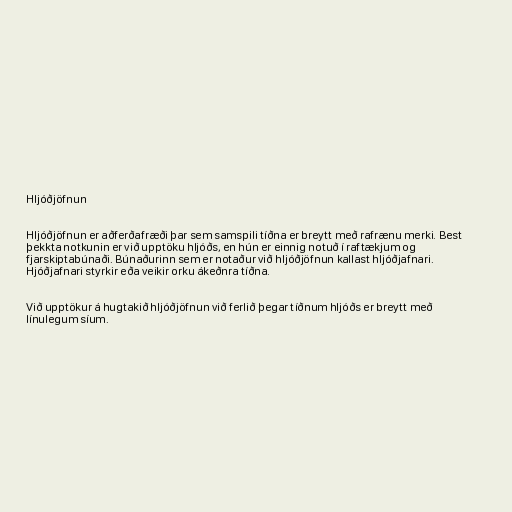
Hljóðjöfnun

Hljóðjöfnun er aðferðafræði þar sem samspili tíðna er breytt með rafrænu merki. Best
þekkta notkunin er við upptöku hljóðs, en hún er einnig notuð í raftækjum og
fjarskiptabúnaði. Búnaðurinn sem er notaður við hljóðjöfnun kallast hljóðjafnari.
Hjóðjafnari styrkir eða veikir orku ákeðnra tíðna.

Við upptökur á hugtakið hljóðjöfnun við ferlið þegar tíðnum hljóðs er breytt með
línulegum síum.